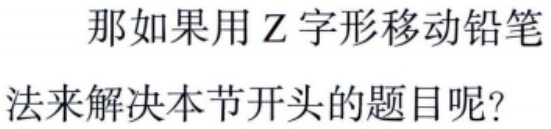
那如果用Z字形移动铅笔
法来解决本节开头的题目呢？